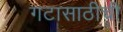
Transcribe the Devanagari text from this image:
गटासाठीची